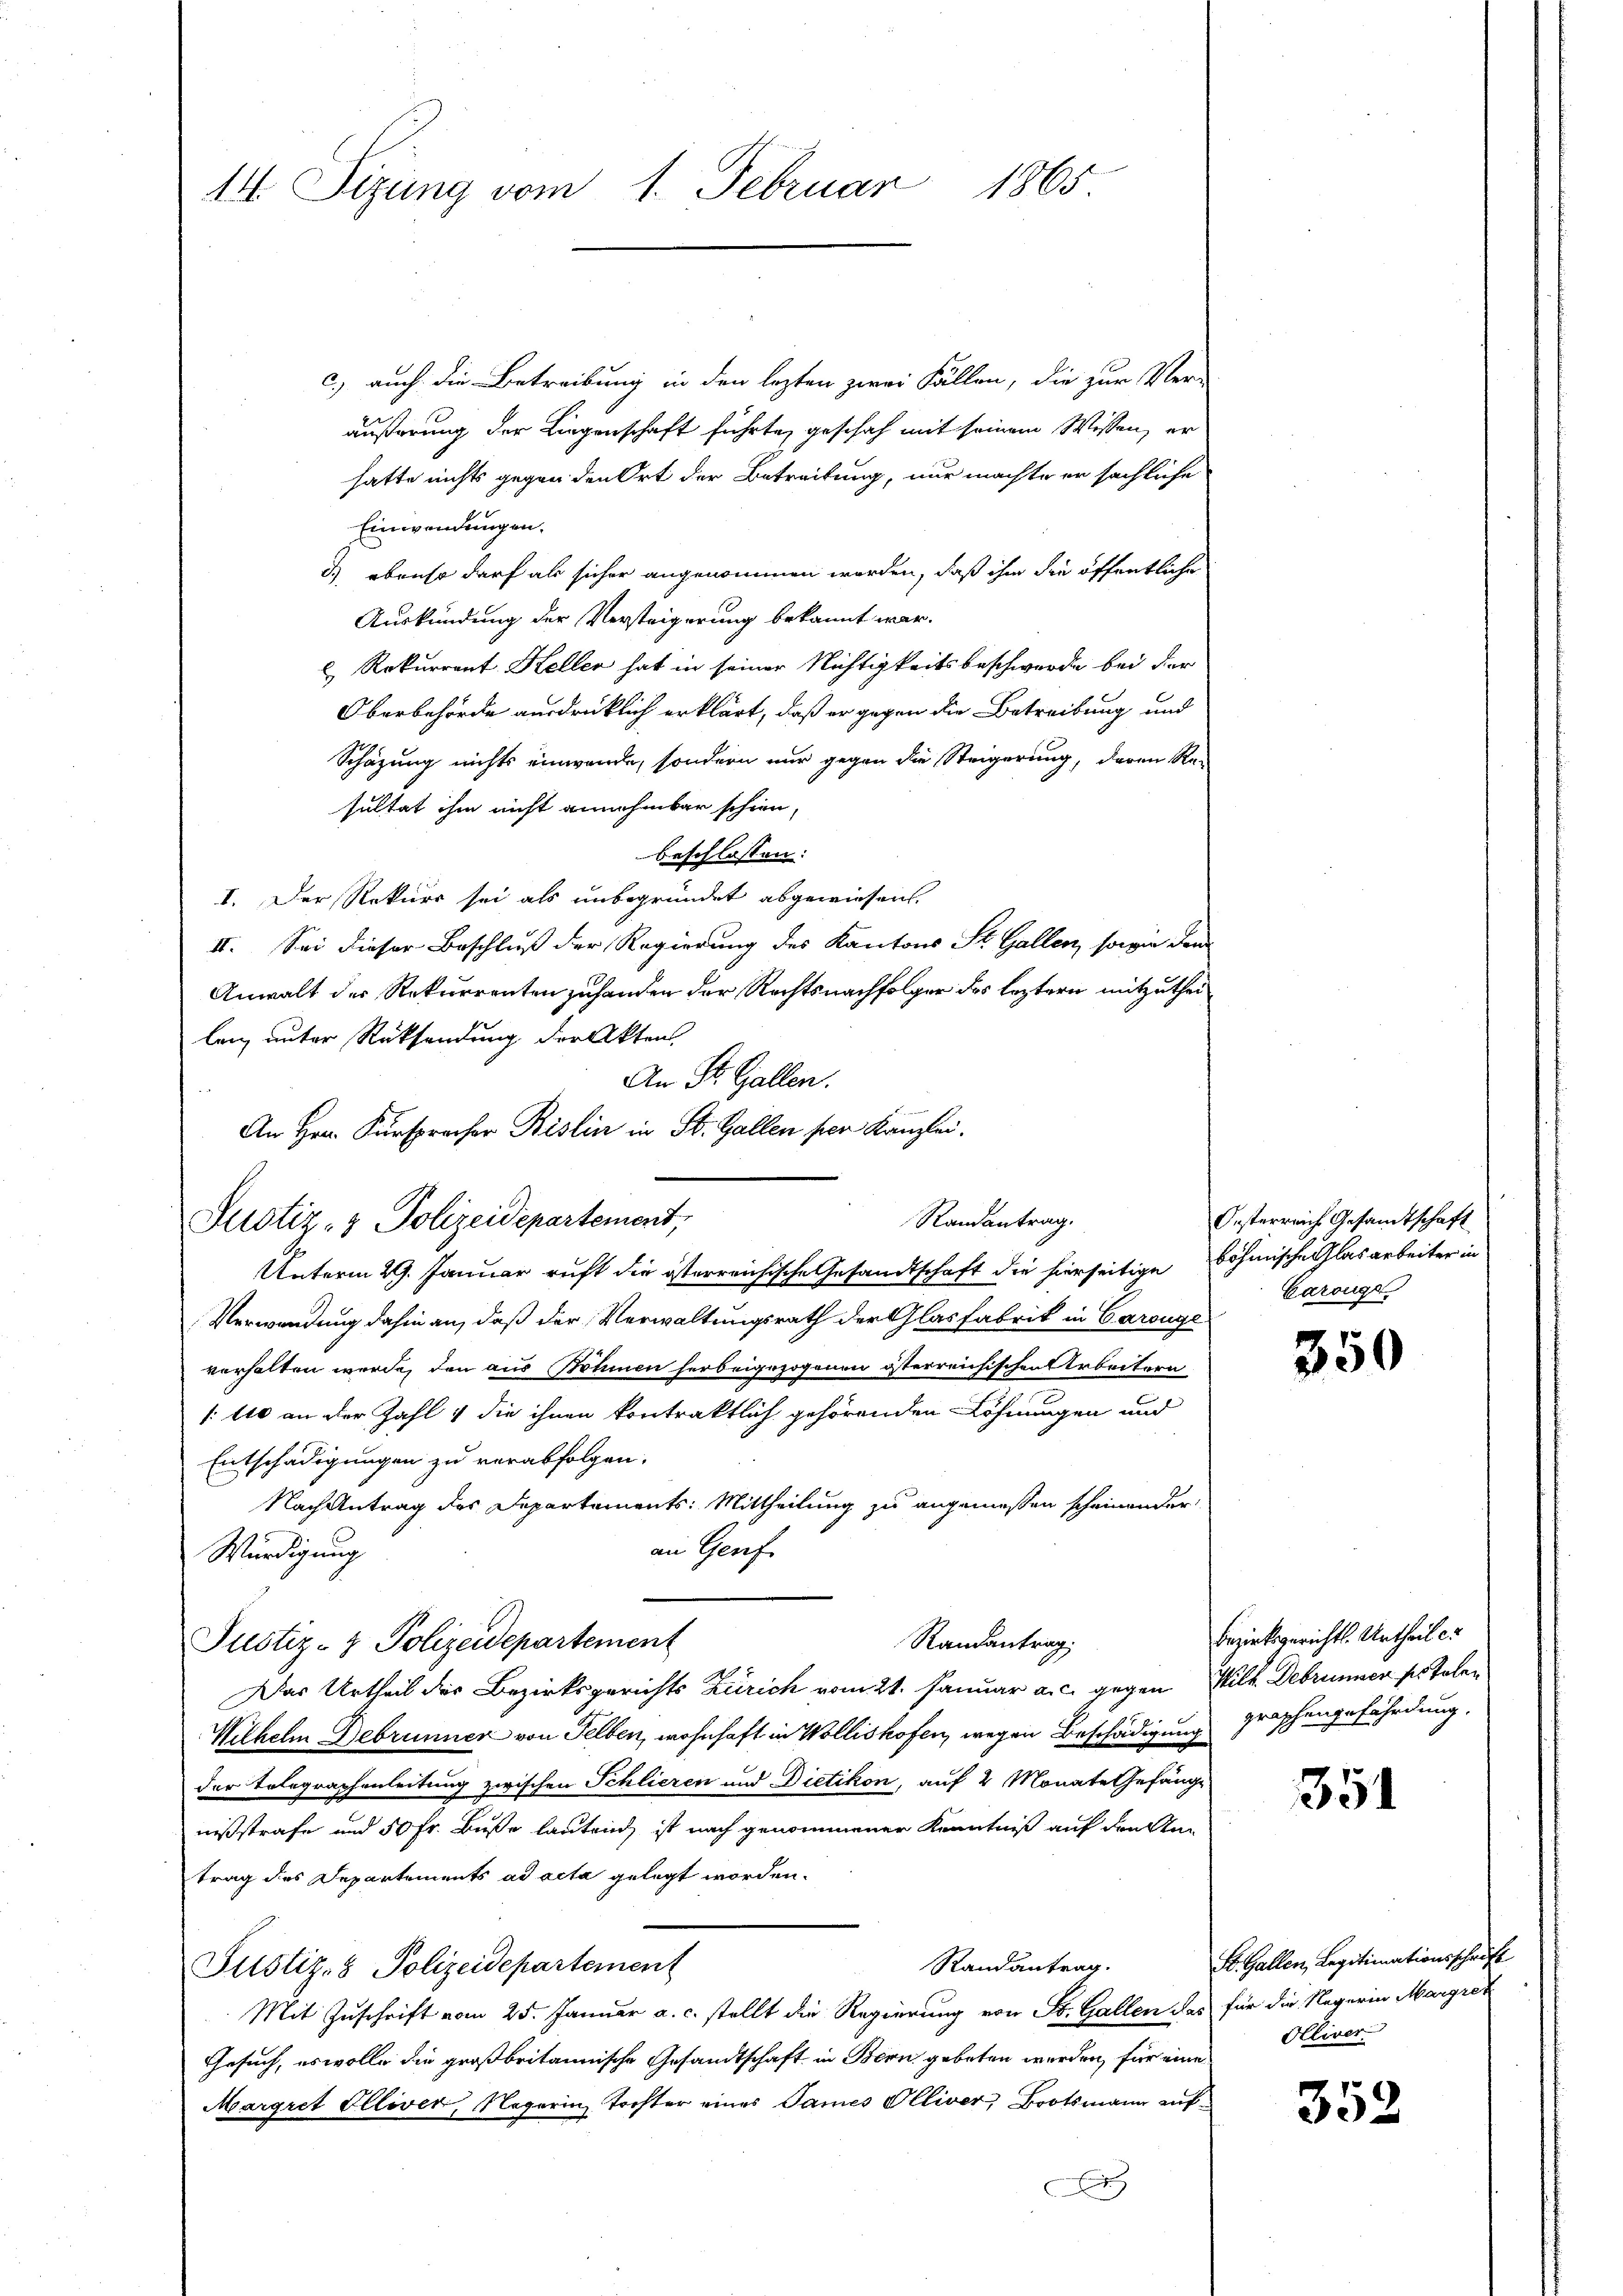
1865
14. Sizung vom 1. Februar

c.) auch die Betreibung in den lezten zwei Fällen, die zur Ver-
äußerung der Liegenschaft führte, geschah mit seinem Wissen, er
hatte nichts gegen den Ort der Betreitung, nur machte er sächliche
Einwendungen.
d) ebenso darf als sicher angenommen worden, daß ihm die öffentliche
Auskündung der Versteigerung bekannt war.
 Rekurrent Heller hat in seiner Nichtigkeitsbeschwerde bei der
Oberbehörde ausdrücklich erklärt, daß er gegen die Betreibung und
Schazung nichts einwende, sondern nur gegen die Steigerung, deren Re-
sultat ihm nicht annehmbar schien,
beschlossen:
I. Der Rekurs sei als unbegründet abgewiesen.
II. Sei dieser Beschluß der Regierung des Kantons St. Gallen, sowie dem
Anwalt der Rekurrenten zuhanden der Rechtsnachfolger des leztern mitzutheilanz unter Rücksendung der Akten
An Dr. Gallen.
An Hrn. Fürspracher Bislin in St. Gallen per Kanzlei.
Justiz- & Polizeidepartement,
Unterm 29. Januar ruht die österreichische Gesandtschaft die hierseitige böhmische Glas arbeiter in
Verwendung dahin an, daß der Verwaltungsrath der Glasfabrik in Carouge
verhalten werde, den aus Böhmen herbeigezogenen österreichischen Arbeitern
/110 an der Zahl & die ihnen kontraktlich gehörenden Löhnungen und
Entschädigungen zu verabfolgen.
Nach Antrag des Departements: Mittheilung zu angemessen scheinander
an Genf
Würdigung
Randantrag.
Justiz- & Polizeidepartement
Das Urtheil der Bezirksgerichts Zürich vom 21. Januar a. c. gegen Will Debrunner ses Tolen
Wilhelm Debrunner von Felben, wohnhaft in Wollishofen, wegen Beschädigung
der Erlegraphenleitung zwischen Schlieren und Dietikon, auf 2 Monate Gefänge
nißstrafe und 50 Fr. Buße lautend ist nach genommener Kenntniß auf dreiten
trag des Departements ad acta gelegt worden.
Randantrag.
Justiz- & Polizeidepartement
Mit Zuschrift vom 25. Januar a. c. stellt die Regierung von St. Gallen das für die Negerin Margret
Gesuch, es wolle die großbritannische Gesandtschaft in Bern gebeten werden, für eine Oliver-
Margret Elliver, Nagarin, Tochter eines James Olliver, Bootsmann auf¬

Randantrag.

Oesterreich Gesandtschaft
Karouge

350

Bezirksgericht. Urtheil e
graphengefährdung.

351

St. Gallen, Legitimationsschrift

352